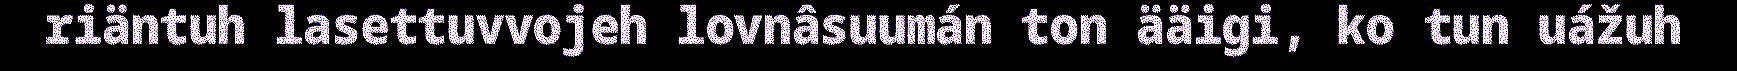
riäntuh lasettuvvojeh lovnâsuumán ton ääigi, ko tun uážuh